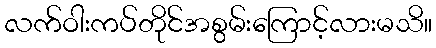
လက်ဝါးကပ်တိုင်အစွမ်းကြောင့်လားမသိ။